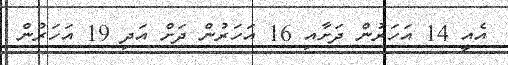
އެއީ 14 އަހަރުން ދަށާއި 16 އަހަރުން ދަށް އަދި 19 އަހަރުން